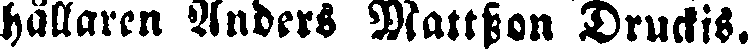
hållaren Anders Mattsson Druckis.